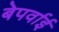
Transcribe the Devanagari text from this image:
बेपर्वाई